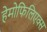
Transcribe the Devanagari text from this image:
हेमोफिलिएक्स